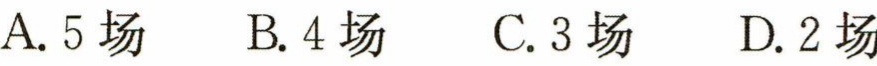
A. 5场  B. 4场  C. 3场  D. 2场